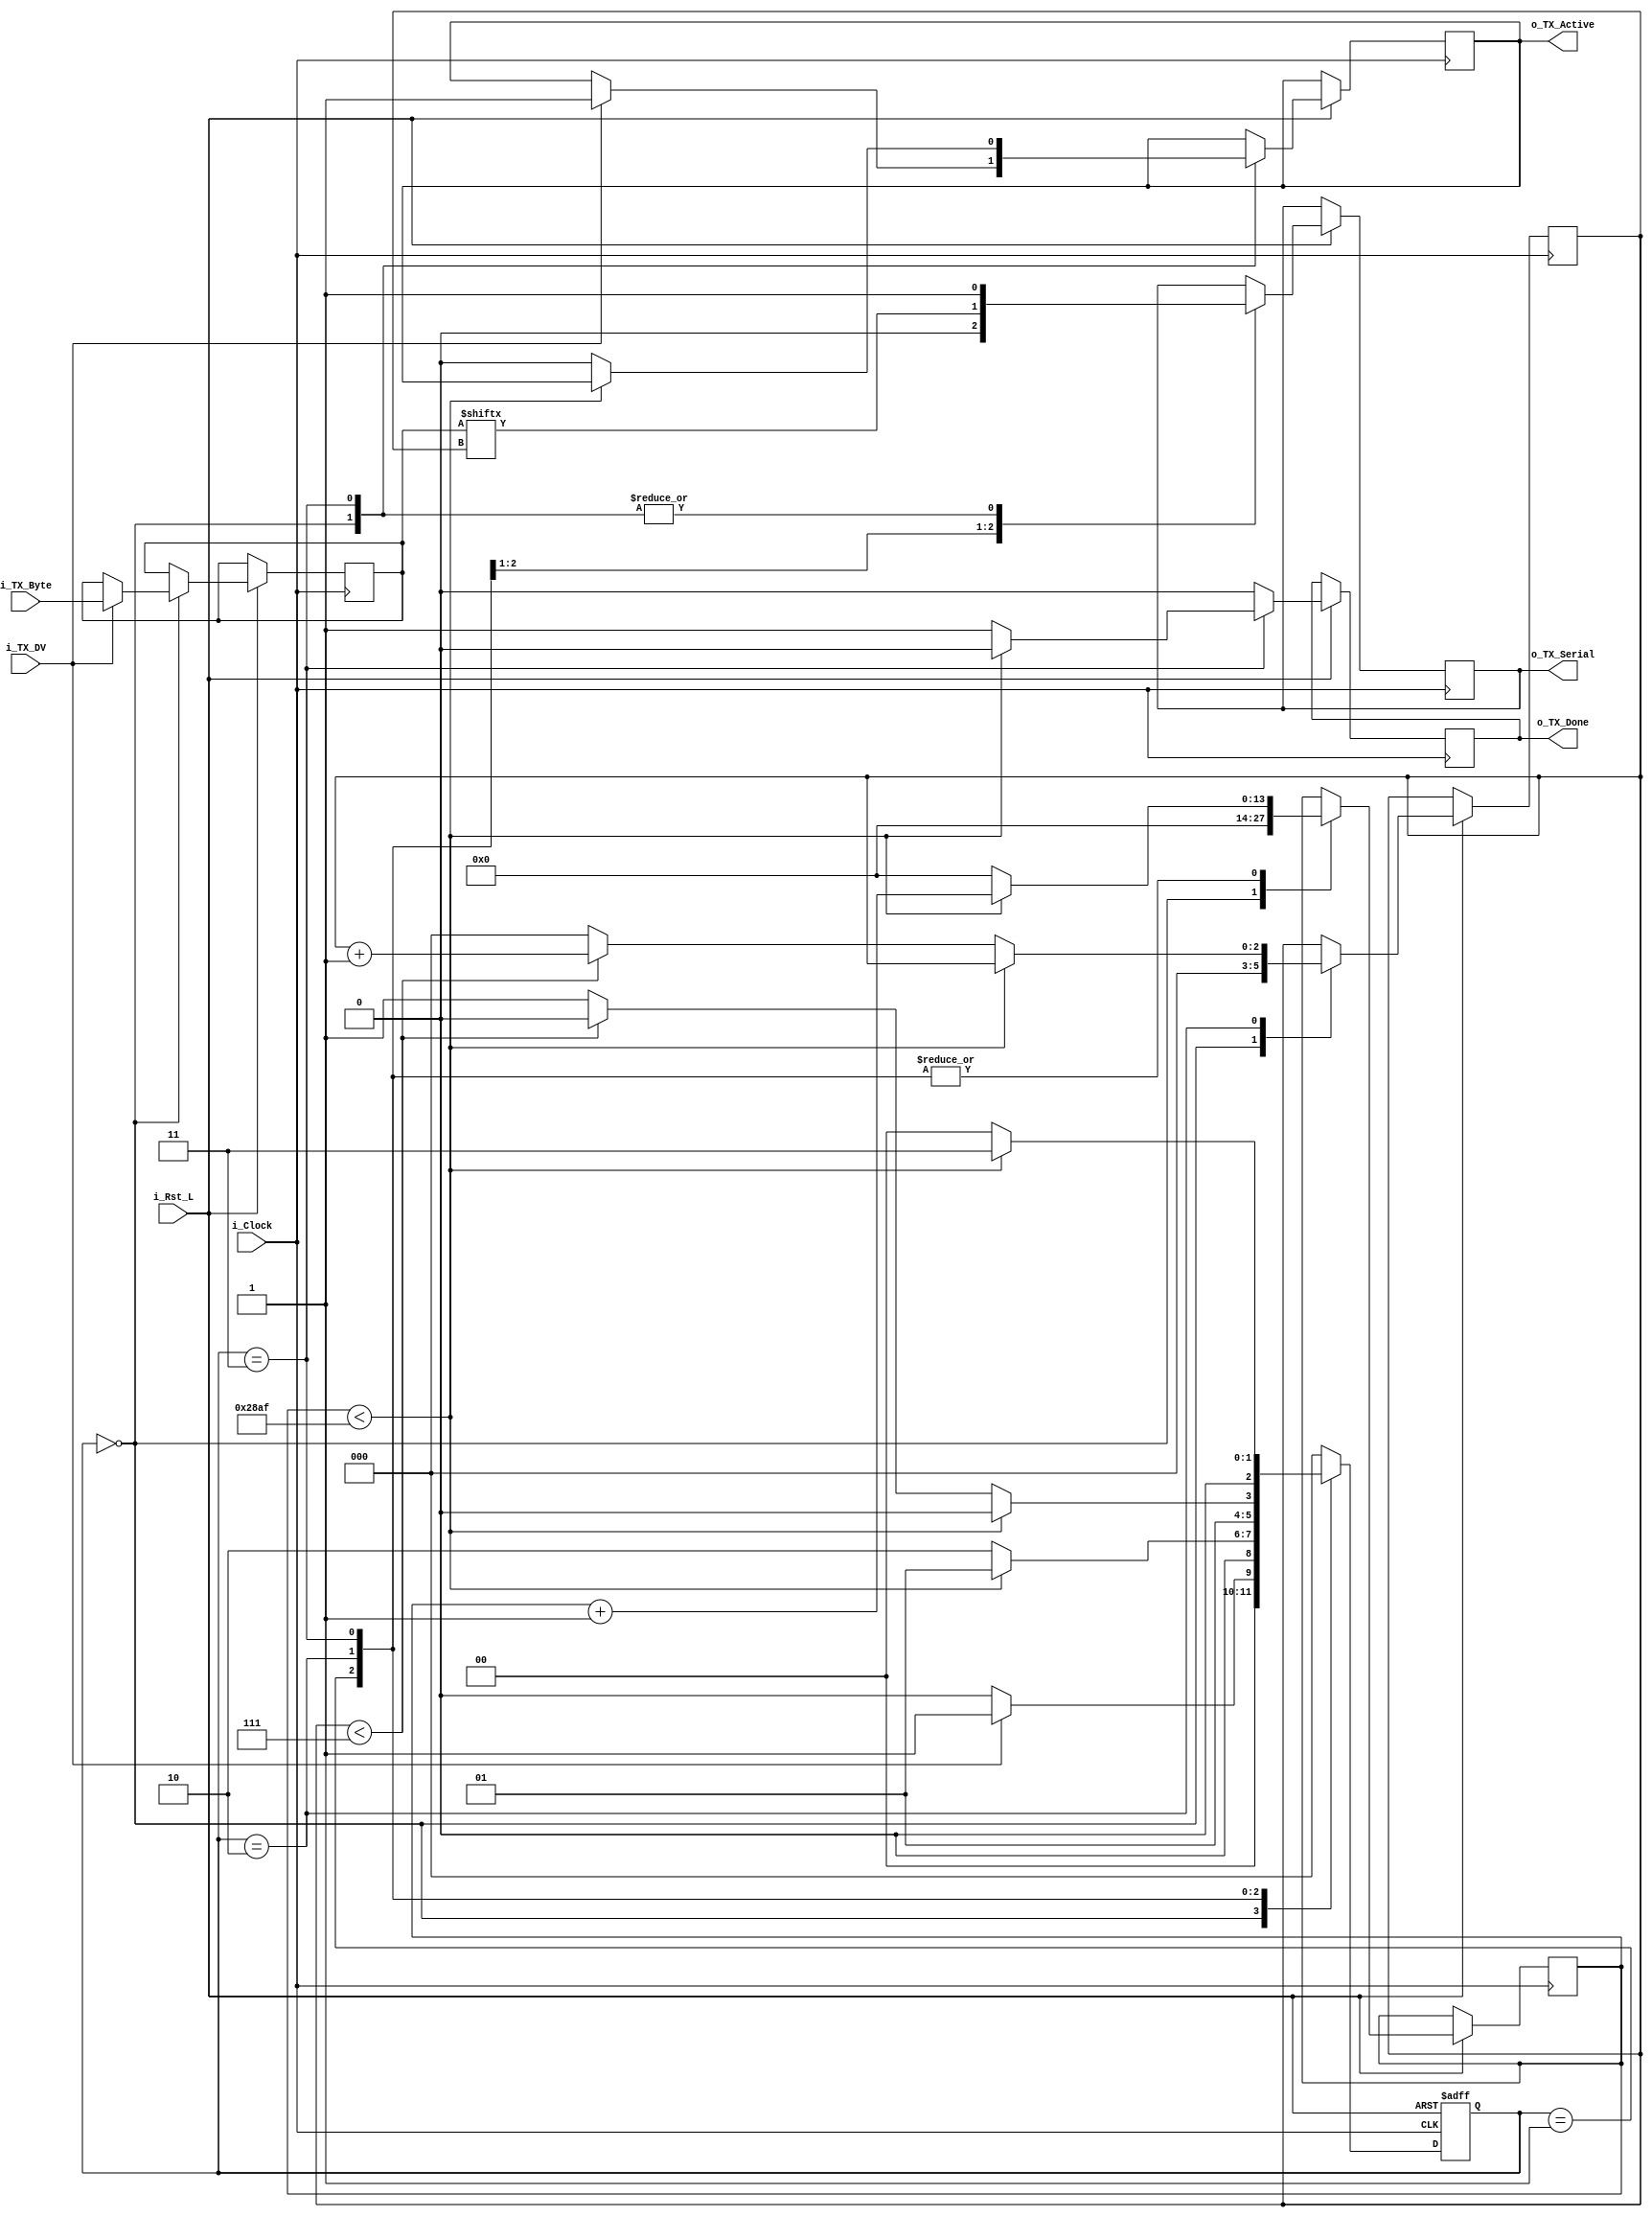
module uart_tx 
  #(parameter CLKS_PER_BIT = 10416)
  (
   input       i_Rst_L,
   input       i_Clock,
   input       i_TX_DV,
   input [7:0] i_TX_Byte, 
   output reg  o_TX_Active = 0,
   output reg  o_TX_Serial = 0,
   output reg  o_TX_Done = 0
   );
 
  localparam IDLE         = 2'b00;
  localparam TX_START_BIT = 2'b01;
  localparam TX_DATA_BITS = 2'b10;
  localparam TX_STOP_BIT  = 2'b11;
  
  reg [2:0] r_SM_Main = 0;
  reg [13:0] r_Clock_Count = 0;
  reg [2:0] r_Bit_Index = 0;
  reg [7:0] r_TX_Data = 0;


  // Purpose: Control TX state machine
  always @(posedge i_Clock or negedge i_Rst_L)
  begin
    if (~i_Rst_L)
    begin
      r_SM_Main <= 3'b000;
    end
    else
    begin

      o_TX_Done <= 1'b0;

      case (r_SM_Main)
      IDLE :
        begin
          o_TX_Serial   <= 1'b1;         // Drive Line High for Idle
          r_Clock_Count <= 0;
          r_Bit_Index   <= 0;
          
          if (i_TX_DV == 1'b1)
          begin
            o_TX_Active <= 1'b1;
            r_TX_Data   <= i_TX_Byte;
            r_SM_Main   <= TX_START_BIT;
          end
          else
            r_SM_Main <= IDLE;
        end // case: IDLE
      
      
      // Send out Start Bit. Start bit = 0
      TX_START_BIT :
        begin
          o_TX_Serial <= 1'b0;
          
          // Wait CLKS_PER_BIT-1 clock cycles for start bit to finish
          if (r_Clock_Count < CLKS_PER_BIT-1)
          begin
            r_Clock_Count <= r_Clock_Count + 1'b1;
            r_SM_Main     <= TX_START_BIT;
          end
          else
          begin
            r_Clock_Count <= 0;
            r_SM_Main     <= TX_DATA_BITS;
          end
        end // case: TX_START_BIT
      
      
      // Wait CLKS_PER_BIT-1 clock cycles for data bits to finish         
      TX_DATA_BITS :
        begin
          o_TX_Serial <= r_TX_Data[r_Bit_Index];
          
          if (r_Clock_Count < CLKS_PER_BIT-1)
          begin
            r_Clock_Count <= r_Clock_Count + 1'b1;
            r_SM_Main     <= TX_DATA_BITS;
          end
          else
          begin
            r_Clock_Count <= 0;
            
            // Check if we have sent out all bits
            if (r_Bit_Index < 7)
            begin
              r_Bit_Index <= r_Bit_Index + 1'b1;
              r_SM_Main   <= TX_DATA_BITS;
            end
            else
            begin
              r_Bit_Index <= 0;
              r_SM_Main   <= TX_STOP_BIT;
            end
          end 
        end // case: TX_DATA_BITS
      
      
      // Send out Stop bit.  Stop bit = 1
      TX_STOP_BIT :
        begin
          o_TX_Serial <= 1'b1;
          
          // Wait CLKS_PER_BIT-1 clock cycles for Stop bit to finish
          if (r_Clock_Count < CLKS_PER_BIT-1)
          begin
            r_Clock_Count <= r_Clock_Count + 1'b1;
            r_SM_Main     <= TX_STOP_BIT;
          end
          else
          begin
            o_TX_Done     <= 1'b1;
            r_Clock_Count <= 0;
            r_SM_Main     <= IDLE;
            o_TX_Active   <= 1'b0;
          end 
        end // case: TX_STOP_BIT      
      
      default :
        r_SM_Main <= IDLE;
      
    endcase
    end // else: !if(~i_Rst_L)
  end // always @ (posedge i_Clock or negedge i_Rst_L)

  
endmodule